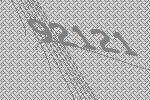
92121